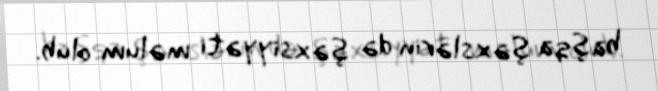
başqa şəxslərin də şəxsiyyəti məlum olub.